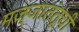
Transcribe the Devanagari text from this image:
मज्जातंतूंची